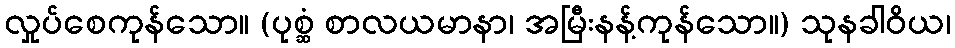
လှုပ်စေကုန်သော။ (ပုစ္ဆံ စာလယမာနာ၊ အမြီးနန့်ကုန်သော။) သုနခါဝိယ၊